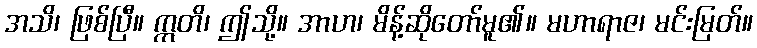
အသိ၊ ဖြစ်ပြီ။ ဣတိ၊ ဤသို့။ အာဟ၊ မိန့်ဆိုတော်မူ၏။ မဟာရာဇ၊ မင်းမြတ်။